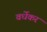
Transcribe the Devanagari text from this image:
वर्धेकर